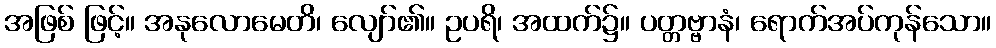
အဖြစ် ဖြင့်။ အနုလောမေတိ၊ လျော်၏။ ဥပရိ၊ အထက်၌။ ပတ္တဗ္ဗာနံ၊ ရောက်အပ်ကုန်သော။